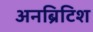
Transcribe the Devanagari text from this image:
अनब्रिटिश